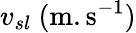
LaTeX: v_{sl}~(\mathrm{m.s^{-1}})